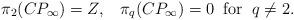
LaTeX: \begin{align*}\pi_{2}(CP_{\infty}) = Z, \; \; \; \pi_{q}(CP_{\infty}) = 0 \; \;\mbox{for} \; \; q \neq 2.\end{align*}